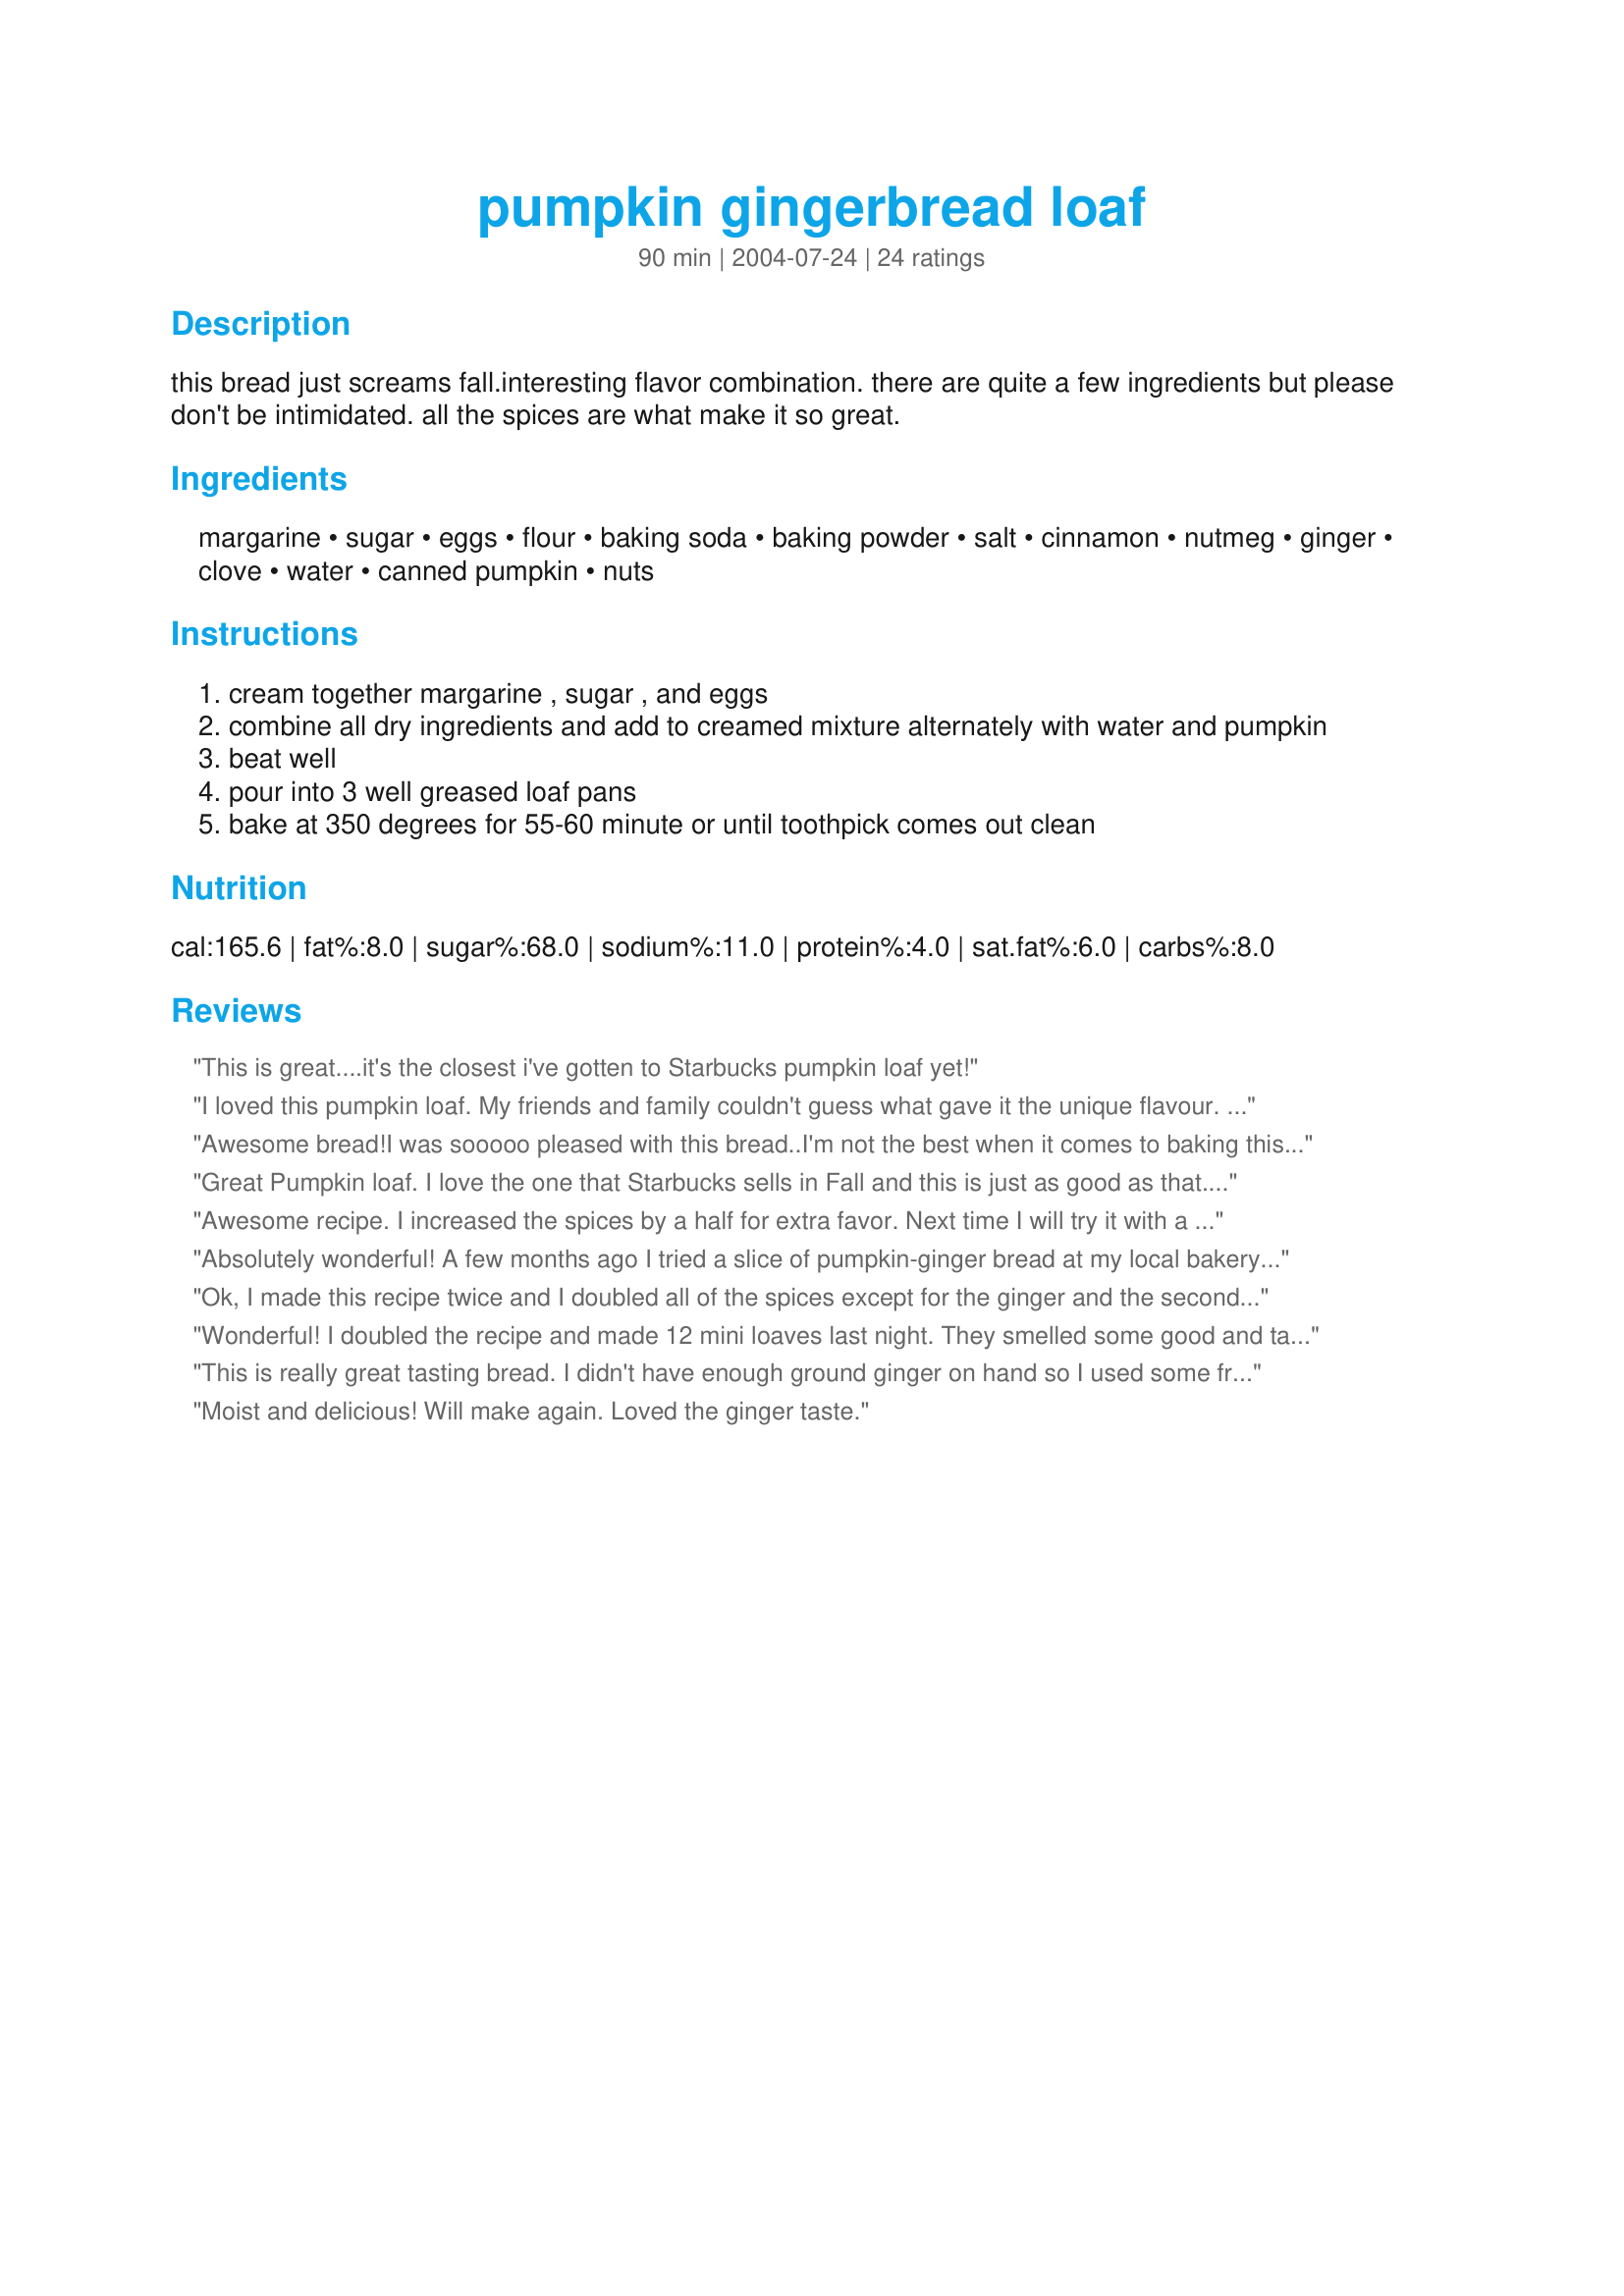
pumpkin gingerbread loaf
Preparation time: 90 minutes

this bread just screams fall.interesting flavor combination. there are quite a few ingredients but please don't be intimidated. all the spices are what make it so great.

Ingredients:
margarine, sugar, eggs, flour, baking soda, baking powder, salt, cinnamon, nutmeg, ginger, clove, water, canned pumpkin, nuts

Steps:
cream together margarine , sugar , and eggs
combine all dry ingredients and add to creamed mixture alternately with water and pumpkin
beat well
pour into 3 well greased loaf pans
bake at 350 degrees for 55-60 minute or until toothpick comes out clean

Reviews:
This is great....it's the closest i've gotten to Starbucks pumpkin loaf yet!
I loved this pumpkin loaf. My friends and family couldn't guess what gave it the unique flavour. The ginger, thats my little secret!!!
Awesome bread!I was sooooo pleased with this bread..I'm not the best when it comes to baking this type of recipe, but it certainly didnt fail me!It made five and a half mini loaves for me, but I filled them pretty full. Cooked for 55 mins and that was just right.Excellent flavor and they looked beautiful to boot. Lots of happy people after they received these for gifts.Thanks so much-PeggyLynn
Great Pumpkin loaf. I love the one that Starbucks sells in Fall and this is just as good as that. I love it and my whole family does too. I am baking two loafs right now and want to take one for a test drive to the office on Monday. Instead of nuts, I used pumpkin seeds and put a whole cup into the mixture. They taste great in the loaf. I hope the stores don't run out of canned pumpkin anytime soon. This bread is a regular must.
Awesome recipe. I increased the spices by a half for extra favor. Next time I will try it with a cream cheese icing
Absolutely wonderful! A few months ago I tried a slice of pumpkin-ginger bread at my local bakery, and I haven't forgotten it since. I went online to find a recipe that was similar, and I'm happy to report that this one tastes just like it! Very moist and delicious. It got rave reviews at our potluck last night, and is now nearly gone. Yes, there are a lot of ingredients, but the directions are pretty basic. Just mix them all together, pour into pans, and bake. Very easy! Thanks for the recipe, Keolani!
Ok, I made this recipe twice and I doubled all of the spices except for the ginger and the second one was better than the first!! This was amazing frosted with a GOOD cream cheese frosting. Both loaves, both times I made it were gone in no time flat. I have many asking for the recipe. Thanks!!!
Wonderful! I doubled the recipe and made 12 mini loaves last night. They smelled some good and tasted even better.
Thanks for the recipe!
Debbi
This is really great tasting bread. I didn't have enough ground ginger on hand so I used some fresh instead. Really big ginger flavor.
Moist and delicious! Will make again. Loved the ginger taste.
This recipe is AWESOME!!!!!! The only issue I had is that the recipe didn't say what size loaf pan to use. I used two 9" pans, and I had some batter left over. Next time, I'll just put the extra batter into a smaller pan and bake it along side the bigger ones. Wonderful bread!!!
This was excellent. I added some golden raisins instead of the nuts.
This is fabulous! Very easy to make, and delicious. My picky kids have been begging for me to make it again!
This is a wonderful way to bring in fall. The smell while baking was heavenly. The taste is wonderful. The spices are just right. Will be making this for Clients during the holidays and for many years. Thank you for posting!
We really enjoyed the recipe, but I was expecting a little something more, in regards to flavor. The recipe came out to a rather large loaf- perfect size!
This is very delicious bread! I didn't have 2 loaf pans to bake at once. So, I made one loaf and 12 muffins. It's very flavorful and fills the whole house with the smell of Fall! Thanks for the great recipe.
If you wanted to eat the holidays in one dish, this would be what I choose! You get the pumpkin for Halloween/Thanksgiving and the gingerbread for Christmas! I love the way it smells while cooking, they should put that in a candle!! :)
Wow! This is very good bread. I used fresh pumpkin from my garden and will definitely do the same next time! Thanks for the recipe!
By far the best Pumpkin loaf I have ever had. When I first read the recipe I thought it seemed like alot of ginger, but it was FANTASTIC. I did double the cinnamon as we love cinnamon around here. I have made this at least 20 times since I found this recipe and we love it more every time. I have also used this recipe for muffins and it was equally great. Thanks!
YUM! I got 1 regular loaf and 4 mini loaves out of the batter. It was great as written, but I do think I'm going to try doubling all the spices except ginger (as someone else suggested), just because I love these spices so much.
This was excellent. All the right spicesIt makes 3 nice loafs I would give it more stars if I could. thanks
This is delicious bread. I made it just as written, except that I made 2/3 of the recipe. It made enough to fill one loaf pan and two Pyrex custard cups. I served it with a cream cheese/powdered sugar glaze, which was yummy, but it is also good plain. Next time I plan on trying it with pecans and golden raisins.
I used a 10" bundt pan instead of loaves. If you choose to do this, add approx 12 minutes to cook time. Then I sifted some powdered sugar over the top. Brilliant!!
This is by far the best pumpkin bread I've made, being a huge pumpkin fan I've tried a lot. I used freshly grated nutmeg, Penzey's china powdered ginger and I ended up with two loafs and it cooked for 60 minutes. Thank you for sharing this wonderful recipe when I saw it posted I couldn't wait till the fall. Sorry I messed up on the typing of the first review
